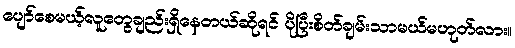
ပျော်စေမယ့်လူတွေချည်းရှိနေတယ်ဆိုရင် ပိုပြီးစိတ်ချမ်းသာမယ်မဟုတ်လား။